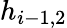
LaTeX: h_{i-1,2}